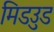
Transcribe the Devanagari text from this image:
मिडउुड